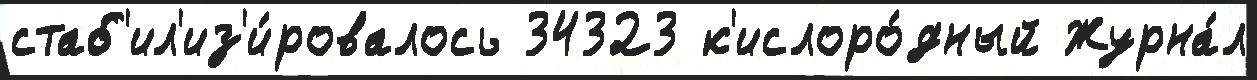
стаб'ил'из'и́ровалось 34323 к'ислоро́дный Журна́л